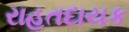
રાહતદાયક